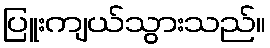
ပြူးကျယ်သွားသည်။